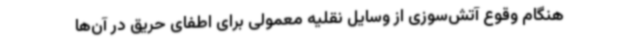
هنگام وقوع آتش‌سوزی از وسایل نقلیه معمولی برای اطفای حریق در آن‌ها